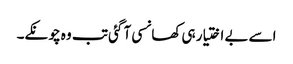
اسے بے اختیار ہی کھانسی آ گئی تب وہ چونکے۔